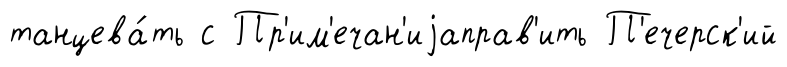
танцева́ть с Пр'им'ечан'иjаправ'ить П'ечерск'ий